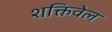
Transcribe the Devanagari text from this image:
शक्तिवेल